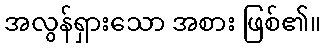
အလွန်ရှားသော အစား ဖြစ်၏။